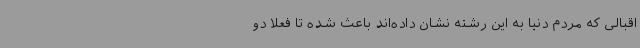
اقبالی که مردم دنیا به این رشته نشان داده‌اند باعث شده تا فعلا دو